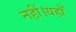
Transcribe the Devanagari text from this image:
नहीं।यहाँ